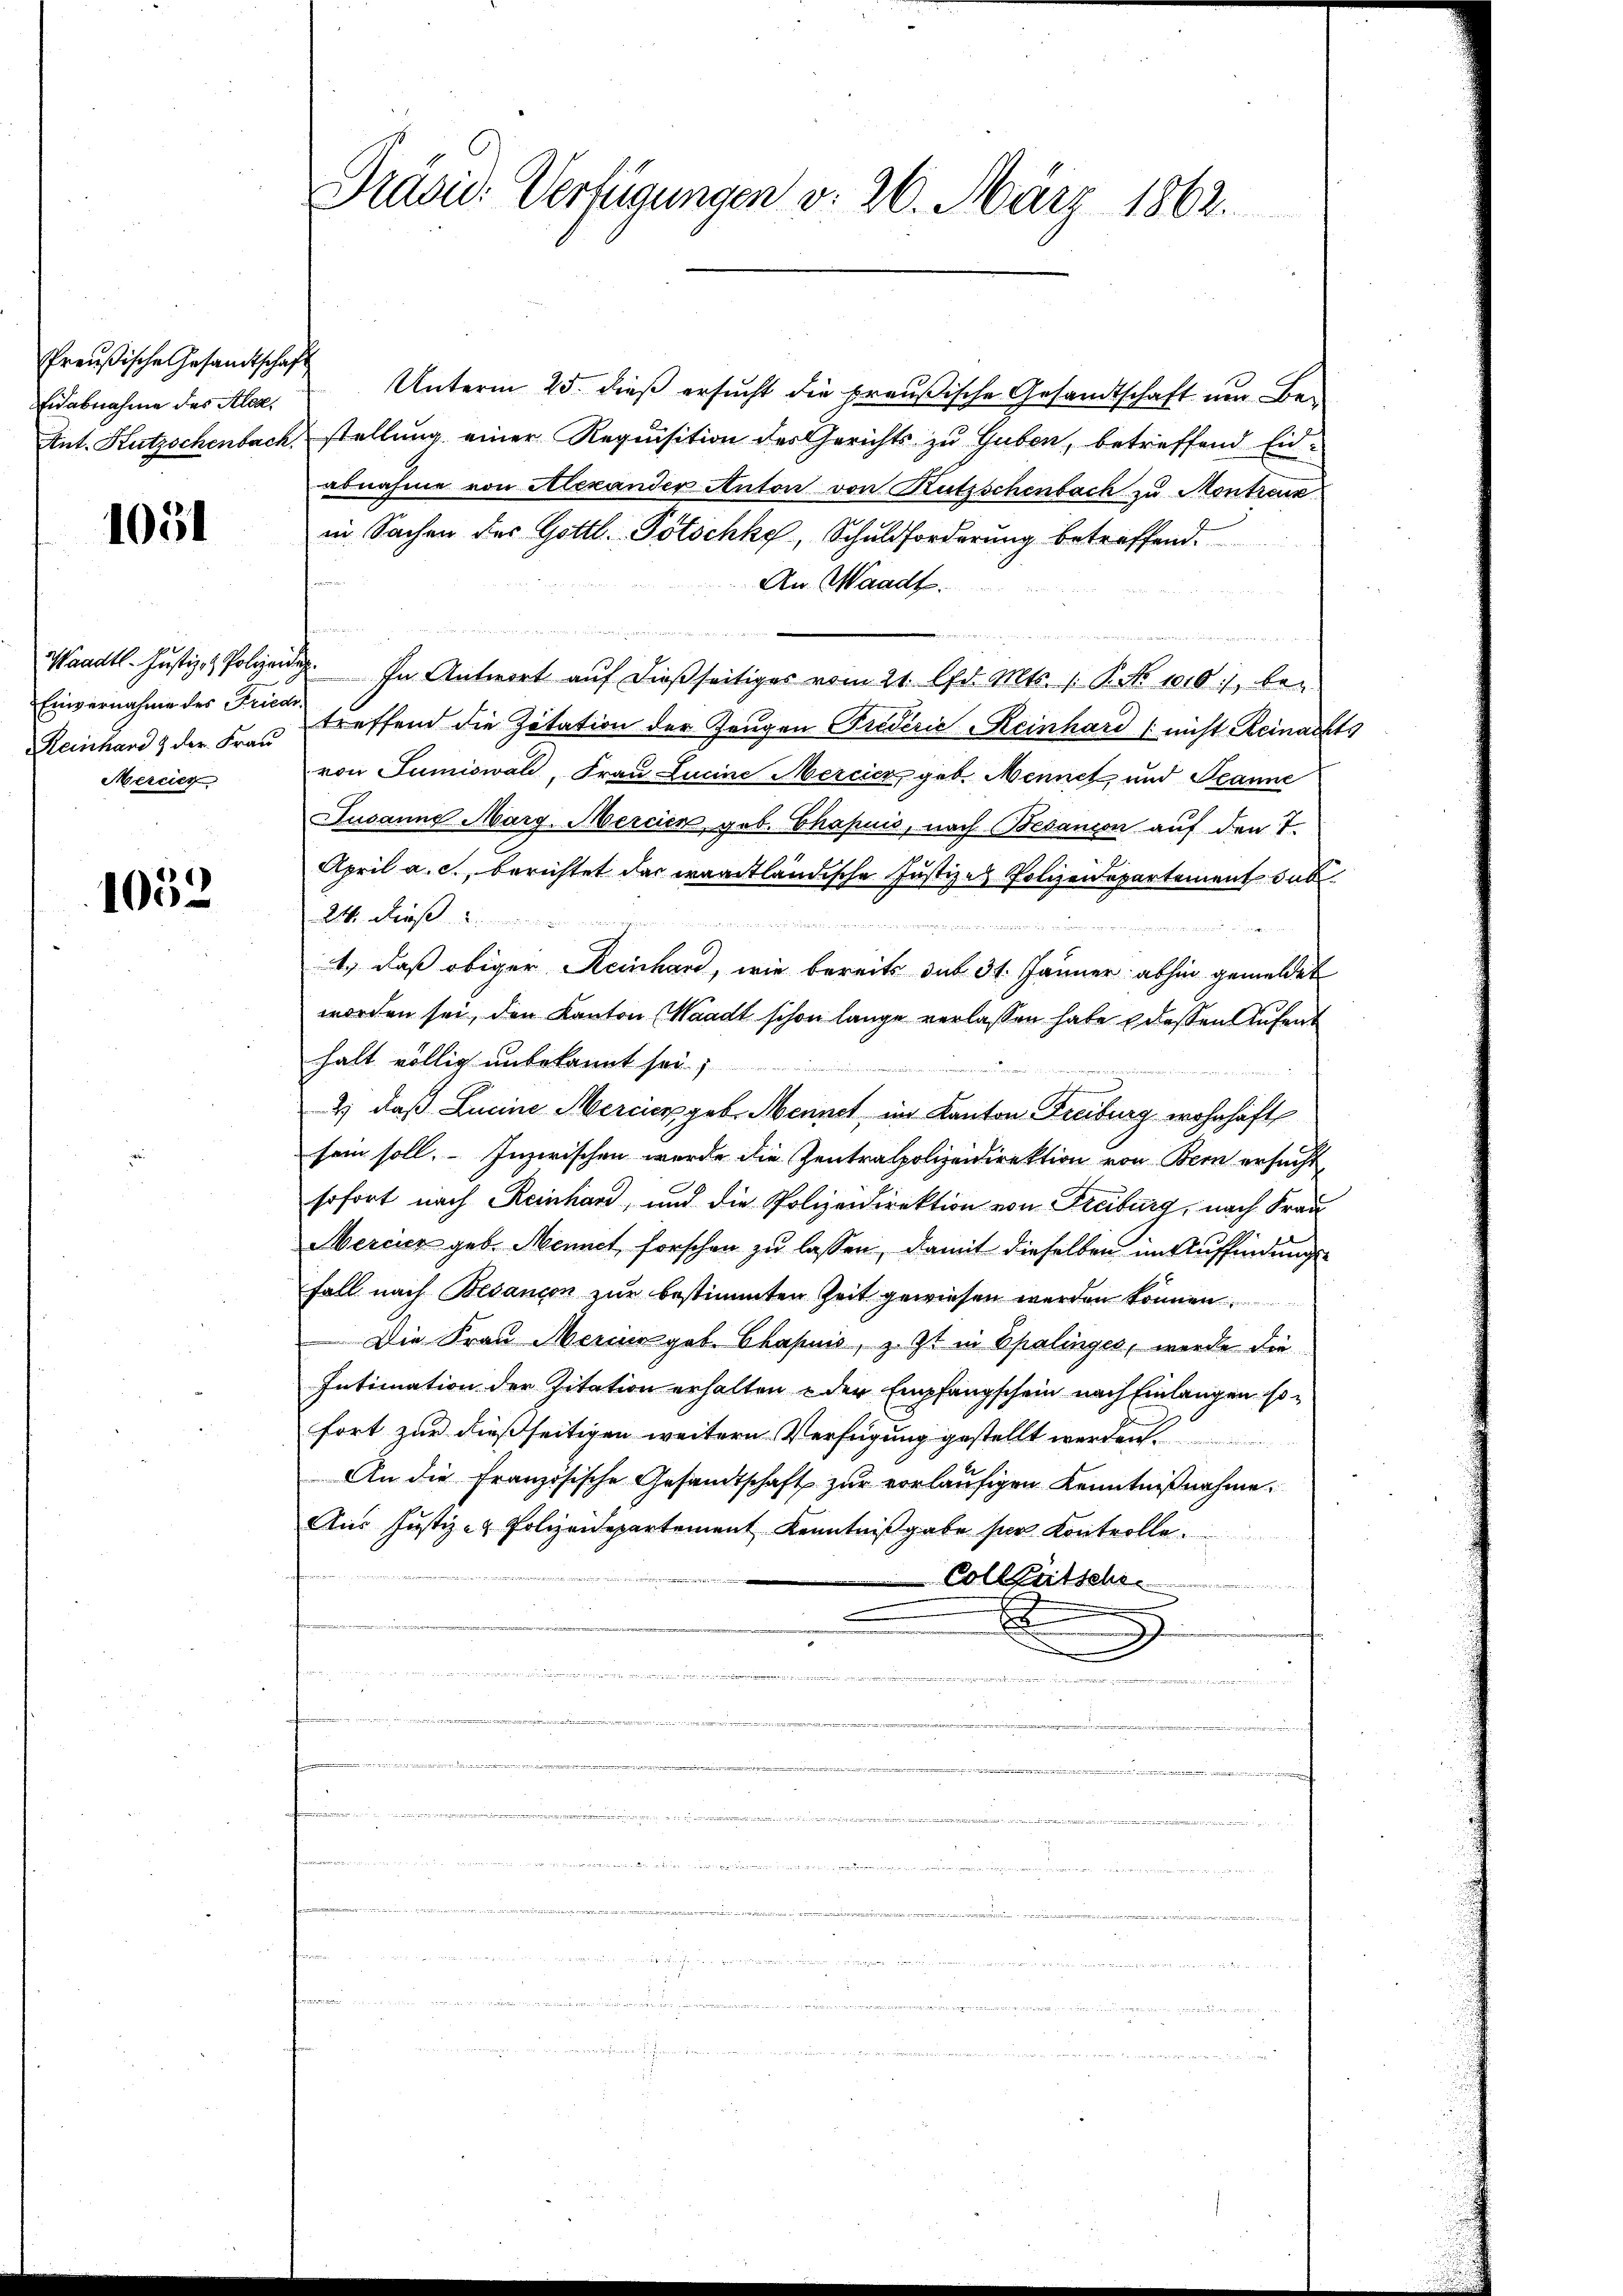
Preußische Gesandtschaft
Eidabnahme des Alex

1051

Einvernahme der Friede
Reinhard & der Frau
Mercier

1052

Präsid. Verfügungen v. 26. März 1862.

Unterm 25. dieß ersucht die preußische Gesandtschaft um Be¬
Ant. Kutzschenbach, stellung einer Requisition des Gerichts zu Guben, betreffend Einabnahme von Alexander Anton von Rutzschenbach zu Montreux
in Sachen des Gottl. Potschke, Schuldforderung betreffend.
An. Waadt.
Waadt- Justiz- & Polizei. In Antwort auf dießseitiges vom 21. Apr. Mts. 1. P. No 1010, betreffend die Zitation der Zeugen Friderie Reinhard (nicht Reinachts
von Sumiswald, Frau Lucine Mercier geb. Mennet und Jeanne
Jusanne Marg. Mercien geb. Chapuis, nach Besandon auf den 7.
April a. c., berichtet das waadtländische Justizen Polizeidepartement dab
24. Ders
un
3
1.) daß obiger Reinhard, wie bereits das 31. Jänner abhin gemeldet
worden sei, den Kanton (Waadt schon lange verlassen habe dessen Aufenhalt völlig unbekannt sei;
2) daß Lucine Mercier geb. Mennet im Kanton Freiburg wohnhaft
sein soll. Inzwischen wurde die Zentralpolizeidirektion von Bern ersucht,
sofort nach Reinhard, und die Polizeidirektion von Freiburg, nach Frau
Mercicz geb. Mennet forschen zu lassen, damit dieselben im Auffindungs¬
Fall nach Besançon zur bestimmten Zeit gewiesen werden können.
Die Frau Merinn geb. Chapuis, z. Zt. in Spalinges, werde die
Intimation der Zitation erhalten & der Empfangschein nach Einlangen sofort zur dießseitigen weitern Verfügung gestellt werden
An die Französische Gesandtschaft zur vorläufigen Kenntnißnahme
Aus Justiz- & Polizeidepartement Kenntnißgabe ser Kontrolle.
Colleütschr
A
e
n
u
r. 204
md dieser in den ist, u. 140. Fr
e